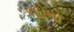
કદોનો